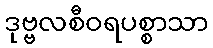
ဒုဗ္ဗလစီဝရပစ္စာသာ